Leucocytozoon canis - Number 26
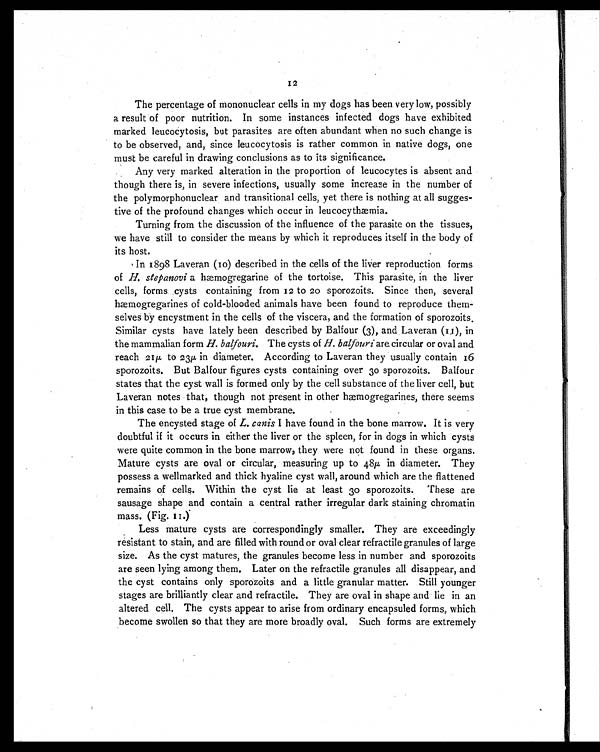
12
The percentage of mononuclear cells in my dogs has been very low, possibly
a result of poor nutrition. In some instances infected dogs have exhibited
marked leucocytosis, but parasites are often abundant when no such change is
to be observed, and, since leucocytosis is rather common in native dogs, one
must be careful in drawing conclusions as to its significance.
Any very marked alteration in the proportion of leucocytes is absent and
though there is, in severe infections, usually some increase in the number of
the polymorphonuclear and transitional cells, yet there is nothing at all sugges-
tive of the profound changes which occur in leucocythæmia.
Turning from the discussion of the influence of the parasite on the tissues,
we have still to consider the means by which it reproduces itself in the body of
its host.
In 1898 Laveran (10) described in the cells of the liver reproduction forms
of H. stepanovi a hæmogregarine of the tortoise. This parasite, in the liver
cells, forms cysts containing from 12 to 20 sporozoits. Since then, several
hæmogregarines of cold-blooded animals have been found to reproduce them-
selves by encystment in the cells of the viscera, and the formation of sporozoits.
Similar cysts have lately been described by Balfour (3), and Laveran (11), in
the mammalian form H. balfouri. The cysts of H. balfouri are circular or oval and
reach 21µ to 23µ in diameter. According to Laveran they usually contain 16
sporozoits. But Balfour figures cysts containing over 30 sporozoits. Balfour
states that the cyst wall is formed only by the cell substance of the liver cell, but
Laveran notes that, though not present in other hæmogregarines, there seems
in this case to be a true cyst membrane.
The encysted stage of L. canis I have found in the bone marrow. It is very
doubtful if it occurs in either the liver or the spleen, for in dogs in which cysts
were quite common in the bone marrow, they were not found in these organs.
Mature cysts are oval or circular, measuring up to 48 µ in diameter. They
possess a wellmarked and thick hyaline cyst wall, around which are the flattened
remains of cells. Within the cyst lie at least 30 sporozoits. These are
sausage shape and contain a central rather irregular dark staining chromatin
mass. (Fig. 11.)
Less mature cysts are correspondingly smaller. They are exceedingly
resistant to stain, and are filled with round or oval clear refractile granules of large
size. As the cyst matures, the granules become less in number and sporozoits
are seen lying among them. Later on the refractile granules all disappear, and
the cyst contains only sporozoits and a little granular matter. Still younger
stages are brilliantly clear and refractile. They are oval in shape and lie in an
altered cell. The cysts appear to arise from ordinary encapsuled forms, which
become swollen so that they are more broadly oval. Such forms are extremely